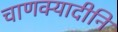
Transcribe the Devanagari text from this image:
चाणक्यादीनि